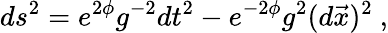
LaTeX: ds^{2}=e^{2\phi}g^{-2}dt^{2}-e^{-2\phi}g^{2}(d\vec{x})^{2}\ ,